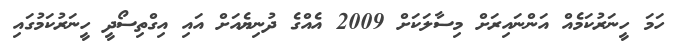
ހަމަ ހީނަރުކަމެއް އަންނައިރަށް މިސާލަކަށް 2009 އެއްގެ ދުނިޔެއަށް އައި އިގްތިސޯދީ ހީނަރުކަމުގައި